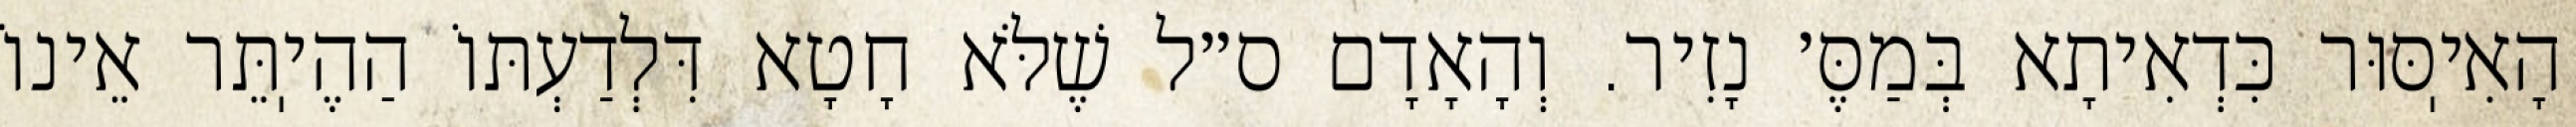
הָאִיֽסּוּר כִּדְאִיתָא בְּמַסֶּ׳ נָזִיר. וְהָאָדָם ס״ל שֶׁלֹּא חָטָא דִּלְדַעְתּוֹ הַהֶיֽתֵּר אֵינוֹ